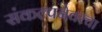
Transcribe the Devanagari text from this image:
संकल्पनेवरचा